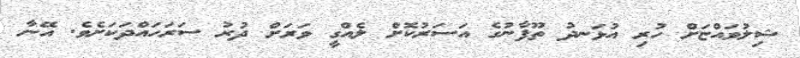
ޝިލުވައްޏަށް ހުރި އުޅަނދު ތޫފާނުގެ އަސަރުކޮށް ލެއްގީ ވަރަށް ދުރު ސަރަހައްދަކަށެވެ. އޭނާ